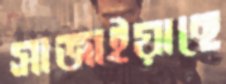
সাজাইয়াছে